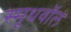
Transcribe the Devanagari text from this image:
स्मूथवॉल